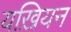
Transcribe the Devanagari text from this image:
यख़ियन